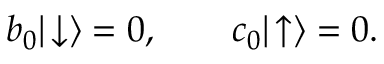
b _ { 0 } | \! \downarrow \rangle = 0 , \qquad c _ { 0 } | \! \uparrow \rangle = 0 .